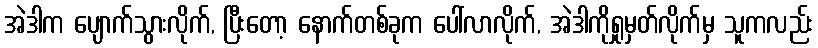
အဲဒါက ပျောက်သွားလိုက်, ပြီးတော့ နောက်တစ်ခုက ပေါ်လာလိုက်, အဲဒါကိုရှုမှတ်လိုက်မှ သူကလည်း